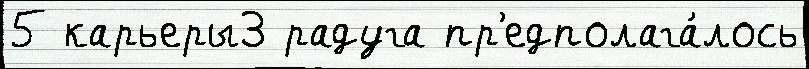
5 карьеры3 радуга пр'едполага́лось